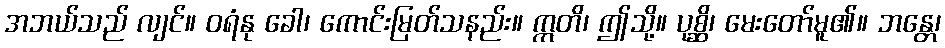
အဘယ်သည် လျင်။ ဝရံနု ခေါ၊ ကောင်းမြတ်သနည်း။ ဣတိ၊ ဤသို့။ ပုစ္ဆိ၊ မေးတော်မူ၏။ ဘန္တေ၊